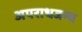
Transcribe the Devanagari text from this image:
अपराधजन्य